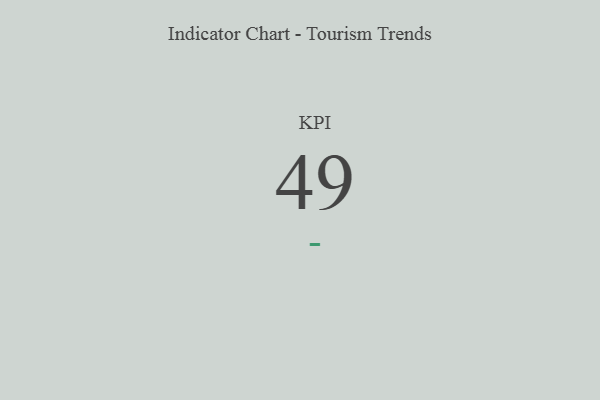
{"axis": {"x": "KPI", "y": "Value"}, "legend": [""], "data": [{"x": "KPI", "y": 49, "type": ""}]}